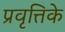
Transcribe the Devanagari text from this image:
प्रवृत्तिके